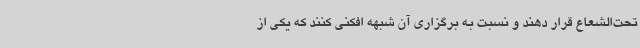
تحت‌الشعاع قرار دهند و نسبت به برگزاری آن شبهه افکنی کنند که یکی از